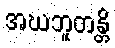
အဃဘူတန္တိ